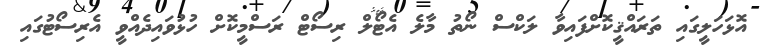
އޮޅަހަލީގައި ތަރައްޤީކޮށްފައިވާ ލަކްސް ނޯތު މާލެ އެޓޯލް ރިސޯޓް ރަސްމީކޮށް ހުޅުވައިދެއްވީ އެރިސޯޓުގައި